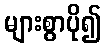
များစွာပို၍